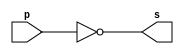
// ---------------------
// Exemplo 01_02 - NOT
// Nome: xxx yyy zzz
// ---------------------

// ---------------------
// -- not gate
// ---------------------

module notgate (s, p);
 output s;
 input  p;

 assign s = ~p;

endmodule // notgate

// ---------------------
// -- test not gate
// ---------------------

module testnotgate;
 reg   a;
 wire  s;
          // instancia
 notgate NOT1 (s, a);

          // parte principal
 initial begin
      $display("Exemplo 01_02 - xxx yyy zzz - 999999");
      $display("Test NOT gate");
      $display("\n~a = s\n");
      a=0;
  #1  $display("~%b = %b", a, s);
      a=1;
  #1  $display("~%b = %b", a, s);
 end

endmodule // testnotgate